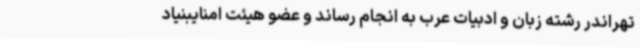
تهراندر رشته زبان و ادبیات عرب به انجام رساند و عضو هیئت امنایبنیاد